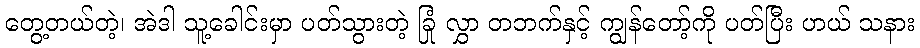
တွေ့တယ်တဲ့၊ အဲဒါ သူ့ခေါင်းမှာ ပတ်သွားတဲ့ ခြုံ လွှာ တဘက်နှင့် ကျွန်တော့်ကို ပတ်ပြီး ဟယ် သနား